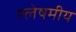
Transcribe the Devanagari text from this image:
श्लेषमीय